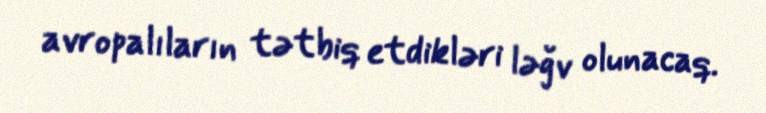
avropalıların tətbiq etdikləri ləğv olunacaq.